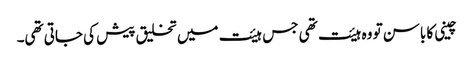
چینی کا باسن تو وہ ہیئت تھی جس ہیئت میں تخلیق پیش کی جاتی تھی۔